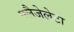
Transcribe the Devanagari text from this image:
फ्लैजेलेटा